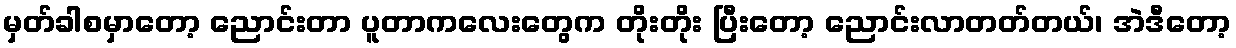
မှတ်ခါစမှာတော့ ညောင်းတာ ပူတာကလေးတွေက တိုးတိုး ပြီးတော့ ညောင်းလာတတ်တယ်၊ အဲဒီတော့